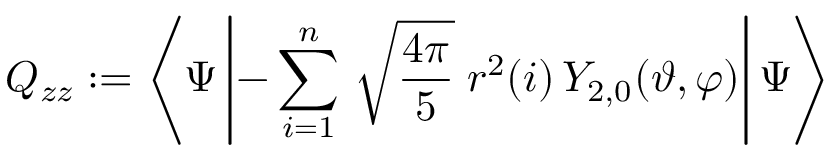
Q _ { z z } : = \left< \Psi \left| - \sum _ { i = 1 } ^ { n } \, \sqrt { \frac { 4 \pi } { 5 } } \; r ^ { 2 } ( i ) \, Y _ { 2 , 0 } ( \vartheta , \varphi ) \right| \Psi \right>